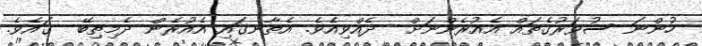
ހުންނަ ސުވަރުގެތައް އެއުރެންނަށް  ދެއްވިއެވެ. އެތާނގައި އެއުރެން ދެމިތިބޭ  ގައެވެ.